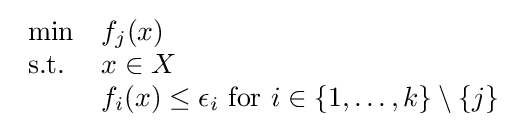
{\begin{array}{ll}\min &f_{j}(x)\\{\text{s.t.}}&x\in X\\&f_{i}(x)\leq \epsilon _{i}{\text{ for }}i\in \{1,\ldots ,k\}\setminus \{j\}\end{array}}